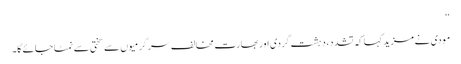
‘‘
مودی نے مزید کہا کہ تشدد، دہشت گردی اور بھارت مخالف سرگرمیوں سے سختی سے نمٹا جائے گا۔